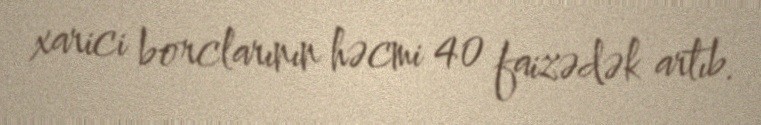
xarici borclarının həcmi 40 faizədək artıb.